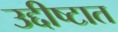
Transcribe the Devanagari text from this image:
उद्दीष्टात